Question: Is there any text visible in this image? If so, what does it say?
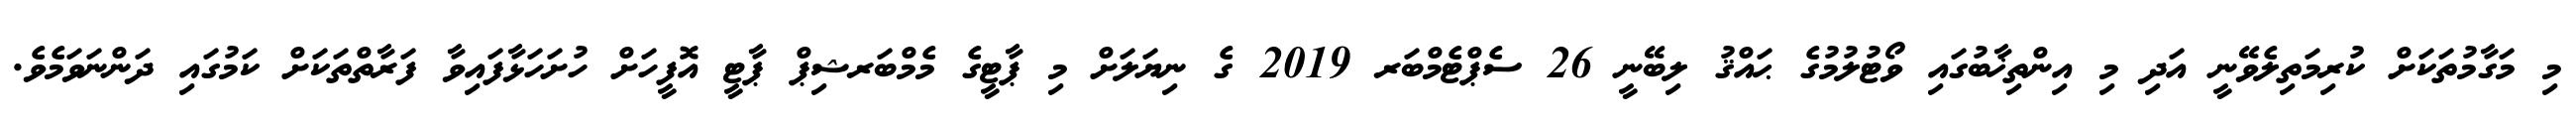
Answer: މި މަގާމުތަކަށް ކުރިމަތިލެވޭނީ އަދި މި އިންތިޚާބުގައި ވޯޓުލުމުގެ ޙައްޤު ލިބޭނީ 26 ސެޕްޓެމްބަރ 2019 ގެ ނިޔަލަށް މި ޕާޓީގެ މެމްބަރޝިޕް ޕާޓީ އޮފީހަށް ހުށަހަޅާފައިވާ ފަރާތްތަކަށް ކަމުގައި ދަންނަވަމެވެ.